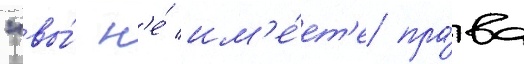
"вы́ н'е́ им'е́ет'е пра́ва